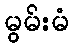
မွမ်းမံ